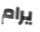
يرام